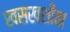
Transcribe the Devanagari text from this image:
खसखशीचा